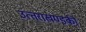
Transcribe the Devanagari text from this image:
उत्‍तराखण्‍डकी